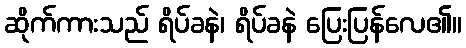
ဆိုက်ကားသည် ရိပ်ခနဲ၊ ရိပ်ခနဲ ပြေးပြန်လေ၏။